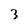
Character: 3